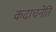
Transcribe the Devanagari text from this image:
कदाचनेति